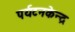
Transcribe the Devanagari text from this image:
पर्यटनकेन्द्र